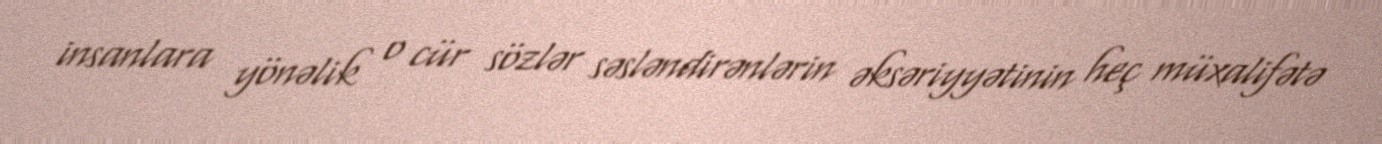
insanlara yönəlik o cür sözlər səsləndirənlərin əksəriyyətinin heç müxalifətə